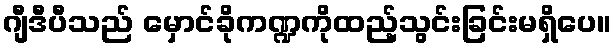
ဂျီဒီပီသည် မှောင်ခိုကဏ္ဍကိုထည့်သွင်းခြင်းမရှိပေ။